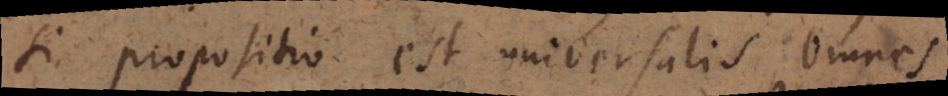
si propositio est universalis omnes